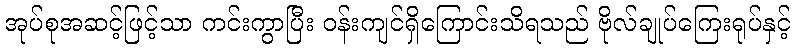
အုပ်စုအဆင့်ဖြင့်သာ ကင်းကွာပြီး ဝန်းကျင်ရှိကြောင်းသိရသည် ဗိုလ်ချုပ်ကြေးရုပ်နှင့်